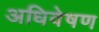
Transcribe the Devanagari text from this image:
अधिवेषण